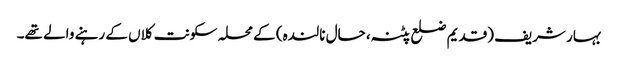
بہار شریف (قدیم ضلع پٹنہ، حال نالندہ) کے محلہ سکونت کلاں کے رہنے والے تھے۔